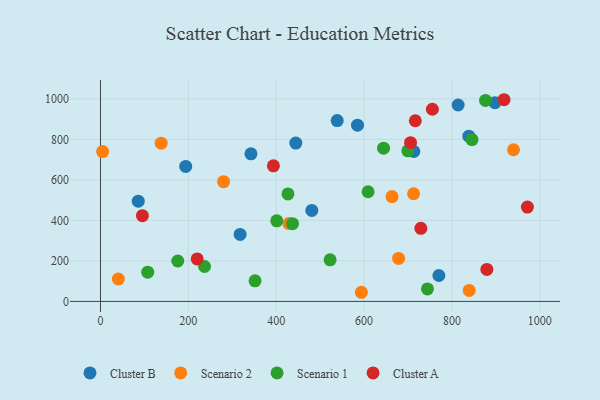
{"axis": {"x": "Price", "y": "Demand"}, "legend": ["Cluster A", "Cluster B", "Scenario 1", "Scenario 2"], "data": [{"x": "814.0", "y": 969.2, "type": "Cluster B"}, {"x": "538.8", "y": 892.4, "type": "Cluster B"}, {"x": "897.9", "y": 980.6, "type": "Cluster B"}, {"x": "194.0", "y": 666.3, "type": "Cluster B"}, {"x": "770.2", "y": 127.9, "type": "Cluster B"}, {"x": "585.0", "y": 869.8, "type": "Cluster B"}, {"x": "713.1", "y": 740.0, "type": "Cluster B"}, {"x": "838.4", "y": 815.4, "type": "Cluster B"}, {"x": "342.5", "y": 728.2, "type": "Cluster B"}, {"x": "86.0", "y": 494.6, "type": "Cluster B"}, {"x": "444.6", "y": 781.5, "type": "Cluster B"}, {"x": "481.0", "y": 449.0, "type": "Cluster B"}, {"x": "317.8", "y": 330.6, "type": "Cluster B"}, {"x": "280.2", "y": 591.0, "type": "Scenario 2"}, {"x": "428.6", "y": 384.4, "type": "Scenario 2"}, {"x": "40.6", "y": 110.7, "type": "Scenario 2"}, {"x": "593.8", "y": 45.1, "type": "Scenario 2"}, {"x": "4.9", "y": 739.4, "type": "Scenario 2"}, {"x": "663.6", "y": 517.5, "type": "Scenario 2"}, {"x": "940.1", "y": 748.5, "type": "Scenario 2"}, {"x": "839.2", "y": 54.1, "type": "Scenario 2"}, {"x": "712.6", "y": 531.4, "type": "Scenario 2"}, {"x": "678.5", "y": 212.2, "type": "Scenario 2"}, {"x": "138.1", "y": 780.9, "type": "Scenario 2"}, {"x": "437.1", "y": 383.4, "type": "Scenario 1"}, {"x": "236.9", "y": 172.2, "type": "Scenario 1"}, {"x": "845.5", "y": 798.7, "type": "Scenario 1"}, {"x": "426.7", "y": 530.6, "type": "Scenario 1"}, {"x": "522.6", "y": 205.2, "type": "Scenario 1"}, {"x": "401.2", "y": 397.8, "type": "Scenario 1"}, {"x": "699.6", "y": 743.3, "type": "Scenario 1"}, {"x": "175.9", "y": 199.5, "type": "Scenario 1"}, {"x": "644.3", "y": 756.4, "type": "Scenario 1"}, {"x": "107.5", "y": 144.3, "type": "Scenario 1"}, {"x": "876.3", "y": 991.7, "type": "Scenario 1"}, {"x": "351.8", "y": 101.8, "type": "Scenario 1"}, {"x": "609.1", "y": 541.2, "type": "Scenario 1"}, {"x": "744.2", "y": 61.5, "type": "Scenario 1"}, {"x": "220.1", "y": 209.9, "type": "Cluster A"}, {"x": "95.5", "y": 422.9, "type": "Cluster A"}, {"x": "393.6", "y": 668.9, "type": "Cluster A"}, {"x": "705.7", "y": 783.2, "type": "Cluster A"}, {"x": "879.4", "y": 158.0, "type": "Cluster A"}, {"x": "716.6", "y": 891.5, "type": "Cluster A"}, {"x": "971.6", "y": 465.4, "type": "Cluster A"}, {"x": "729.1", "y": 360.7, "type": "Cluster A"}, {"x": "755.4", "y": 948.3, "type": "Cluster A"}, {"x": "918.5", "y": 995.3, "type": "Cluster A"}]}